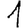
Digit: 1